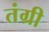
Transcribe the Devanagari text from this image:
तंग्री